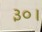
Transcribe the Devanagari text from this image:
३०।